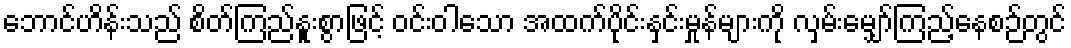
ဘောင်ဟိန်းသည် စိတ်ကြည်နူးစွာဖြင့် ဝင်းဝါသော အထက်ပိုင်းနှင်းမှုန်များကို လှမ်းမျှော်ကြည့်နေစဉ်တွင်